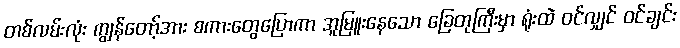
တစ်လမ်းလုံး ကျွန်တော့်အား စကားတွေပြောကာ အူမြူးနေသော ခြေတုကြီးမှာ ရုံးထဲ ဝင်လျှင် ဝင်ချင်း